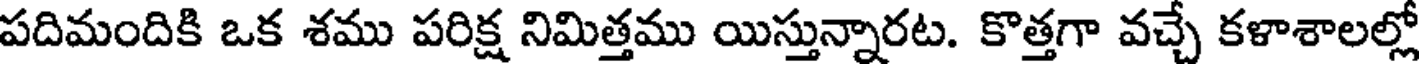
పదిమందికి ఒక శము పరిక్ష నిమిత్తము యిస్తున్నారట. కొత్తగా వచ్చే కళాశాలల్లో